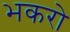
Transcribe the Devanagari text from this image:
भकरो